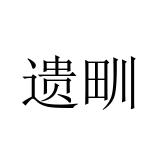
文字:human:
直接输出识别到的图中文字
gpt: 遗甽